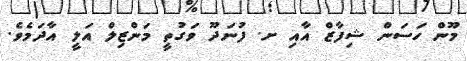
މޫން ހަސަން ޝިފާޒް އާއި ށ. ފުނަދޫ ވަގުތީ މަންޒިލް އަލީ އާދަމެވެ.